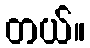
တယ်။